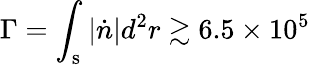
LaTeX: \Gamma=\int_{\mathrm{s}}|\dot{n}|d^{2}r\gtrsim 6.5\times 10^{5}